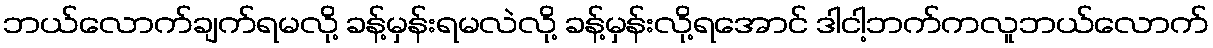
ဘယ်လောက်ချက်ရမလို့ ခန့်မှန်းရမလဲလို့ ခန့်မှန်းလို့ရအောင် ဒါငါ့ဘက်ကလူဘယ်လောက်